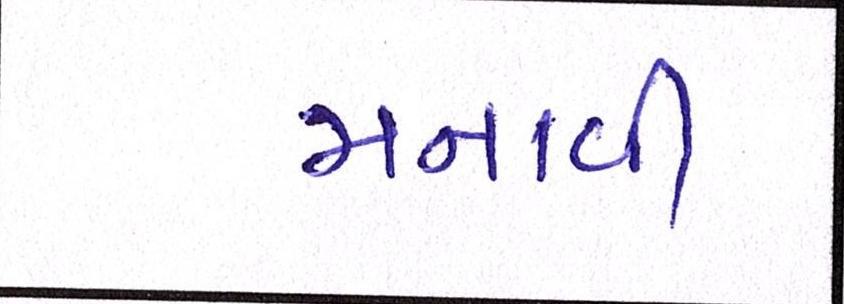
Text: મનાવી